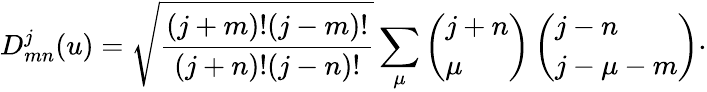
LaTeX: D_{mn}^{j}(u)=\sqrt{\frac{(j+m)!(j-m)!}{(j+n)!(j-n)!}}\sum_{\mu}\left(\begin{array}{l}{{j+n}}\\ {{\mu}}\end{array}\right)\left(\begin{array}{l}{{j-n}}\\ {{j-\mu-m}}\end{array}\right)\cdot